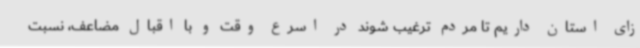
زای استان داریم تا مردم ترغیب شوند در اسرع وقت و با اقبال مضاعف، نسبت